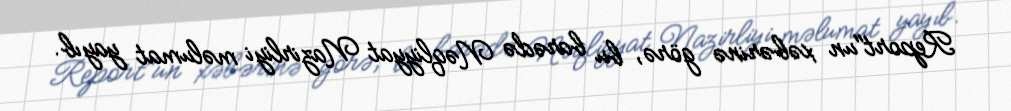
Report"un xəbərinə görə, bu barədə Nəqliyyat Nazirliyi məlumat yayıb.